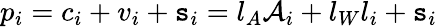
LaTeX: p_{i}=c_{i}+v_{i}+\mathtt{s}_{i}=l_{A}\mathcal{A}_{i}+l_{W}l_{i}+\mathtt{s}_{i}